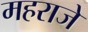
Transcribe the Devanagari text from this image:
महराजे